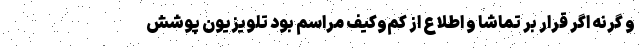
و گرنه اگر قرار بر تماشا و اطلاع از کمّ‌و‌کیف مراسم بود تلویزیون پوشش